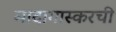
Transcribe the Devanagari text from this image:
मादागास्करची